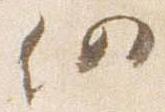
仍